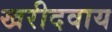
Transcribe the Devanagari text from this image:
खरीदवाय